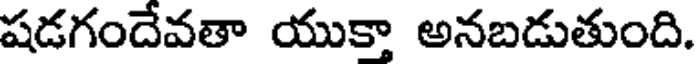
షడగందేవతా యుక్తా అనబడుతుంది.